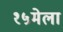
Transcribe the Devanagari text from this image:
१५मेला